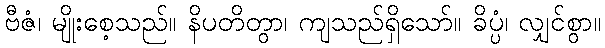
ဗီဇံ၊ မျိုးစေ့သည်။ နိပတိတွာ၊ ကျသည်ရှိသော်။ ခိပ္ပံ၊ လျှင်စွာ။